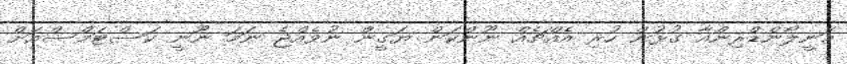
މަނީލޯންޑްރިންއާ ގުޅުން ހުރި އެއްޗެއް ނޫންކަން ޔަގީން ނުވެއްޖެ ނަމަ ނޫނީ ކަސްޓަމްސްއަށް